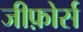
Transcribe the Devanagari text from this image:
जीफ़ोर्स